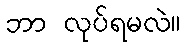
ဘာ လုပ်ရမလဲ။